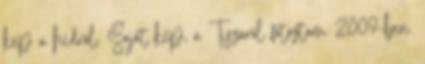
kép a hídról. Saját kép, a Tiszáról fotóztam 2009-ben.